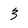
Character: 3